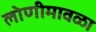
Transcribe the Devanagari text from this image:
लोणीमावळा